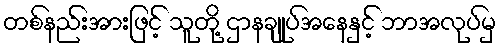
တစ်နည်းအားဖြင့် သူတို့ ဌာနချုပ်အနေနှင့် ဘာအလုပ်မှ